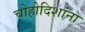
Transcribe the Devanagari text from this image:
चोहोदिशांना